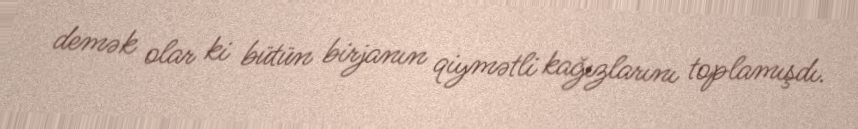
demək olar ki bütün birjanın qiymətli kağızlarını toplamışdı.